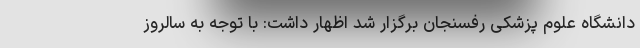
دانشگاه علوم پزشکی رفسنجان برگزار شد اظهار داشت: با توجه به سالروز